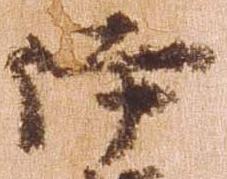
伊